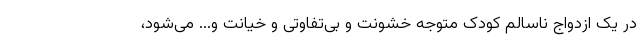
در یک ازدواج ناسالم کودک متوجه خشونت و بی‌تفاوتی و خیانت و... می‌شود،